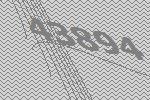
43894